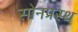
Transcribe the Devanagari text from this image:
सोनप्रस्थ